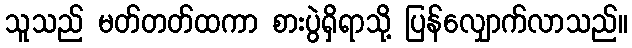
သူသည် မတ်တတ်ထကာ စားပွဲရှိရာသို့ ပြန်လျှောက်လာသည်။